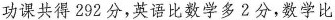
功课共得292分，英语比数学多2分，数学比